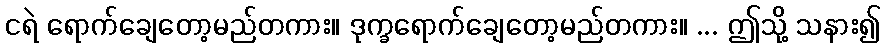
ငရဲ ရောက်ချေတော့မည်တကား။ ဒုက္ခရောက်ချေတော့မည်တကား။ ... ဤသို့ သနား၍